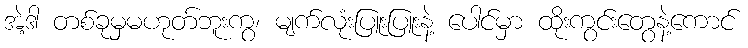
အဲ့ဒါ တစ်ခုမှမဟုတ်ဘူးကွ၊ မျက်လုံးပြူးပြူးနဲ့ ပေါင်မှာ ထိုးကွင်းတွေနဲ့ကောင်